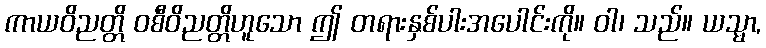
ကာယဝိညတ္တိ ဝစီဝိညတ္တိဟူသော ဤ တရားနှစ်ပါးအပေါင်းကို။ ဝါ၊ သည်။ ယသ္မာ,